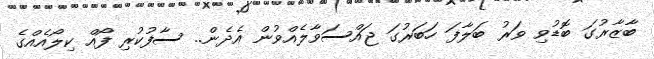
ބާޒާރުގަ ބޮޑުވި ވަރު ބަލާފަ ހަބަރުގަ ޖައްސަވާލެއްވުން އެދެން.. ސާފުކުރި ފޯއް ކިލޯއެއްގެ